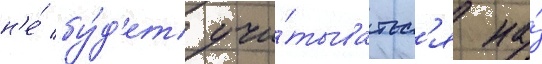
н'е́ бу́д'ет учи́тыватьс'я на́